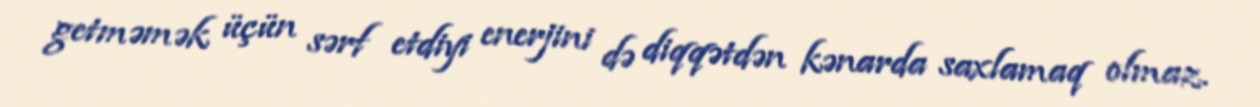
getməmək üçün sərf etdiyi enerjini də diqqətdən kənarda saxlamaq olmaz.